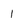
Character: 1